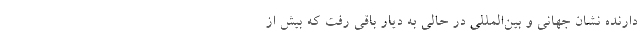
دارنده نشان جهانی و بین‌المللی در حالی به دیار باقی رفت که بیش از